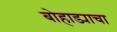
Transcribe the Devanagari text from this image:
बोहाड्याचा